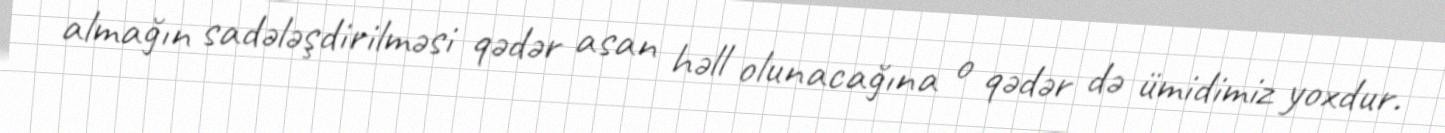
almağın sadələşdirilməsi qədər asan həll olunacağına o qədər də ümidimiz yoxdur.